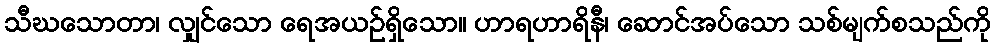
သီဃသောတာ၊ လျှင်သော ရေအယဉ်ရှိသော။ ဟာရဟာရိနီ၊ ဆောင်အပ်သော သစ်မျက်စသည်ကို